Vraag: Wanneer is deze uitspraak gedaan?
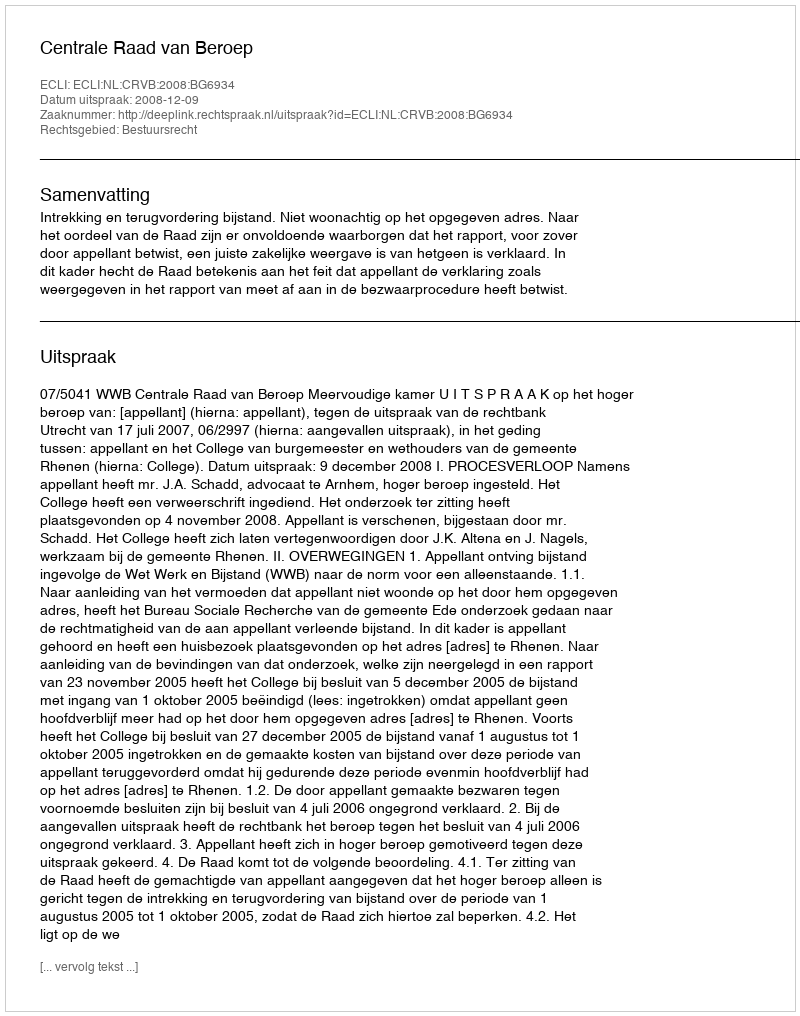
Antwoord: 2008-12-09